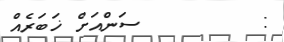
:        ސަންއަށް ޚަބަރެއް